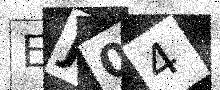
Text: EJ04